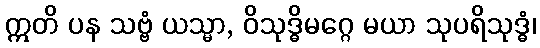
ဣတိ ပန သဗ္ဗံ ယသ္မာ, ဝိသုဒ္ဓိမဂ္ဂေ မယာ သုပရိသုဒ္ဓံ၊